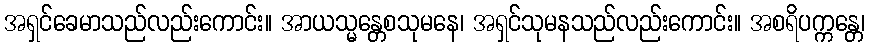
အရှင်ခေမာသည်လည်းကောင်း။ အာယသ္မန္တေစသုမနေ၊ အရှင်သုမနသည်လည်းကောင်း။ အစရိပက္ကန္တေ၊